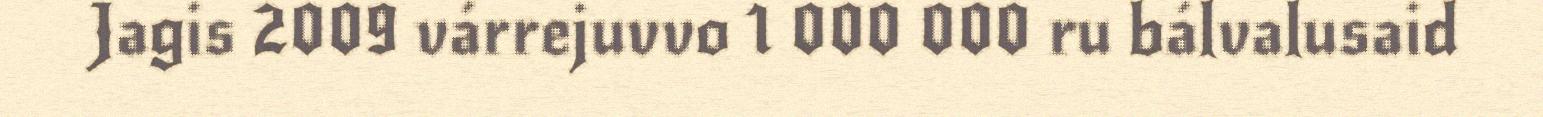
Jagis 2009 várrejuvvo 1 000 000 ru bálvalusaid